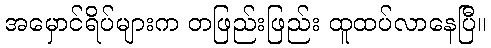
အမှောင်ရိပ်များက တဖြည်းဖြည်း ထူထပ်လာနေပြီ။